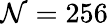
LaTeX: \mathcal{N}=256